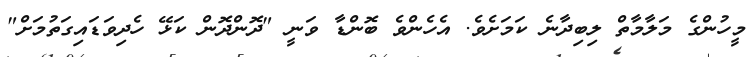
މީހުންގެ މަލާމާތް ލިބިދާނެ ކަމަށެވެ. އެހެންވެ ބޮންޑާ ވަނީ "ދޮންދޮން ކަޅޭ ހެދިވަޑައިގަތުމަށް"